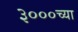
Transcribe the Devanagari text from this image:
३०००च्या